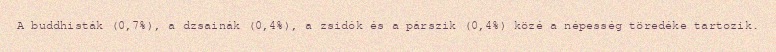
A buddhisták (0,7%), a dzsainák (0,4%), a zsidók és a párszik (0,4%) közé a népesség töredéke tartozik.